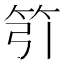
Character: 䇙